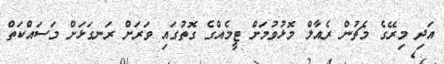
އަދި މިރޭގެ މެޗުން ރެއާލް މޮޅުވުމަށް ޓީމެއްގެ ގޮތުގައި ވަރަށް ރަނގަޅަށް މަސައްކަތް